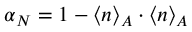
\alpha _ { N } = 1 - \langle \boldsymbol { n } \rangle _ { A } \cdot \langle \boldsymbol { n } \rangle _ { A }